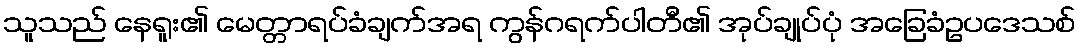
သူသည် နေရူး၏ မေတ္တာရပ်ခံချက်အရ ကွန်ဂရက်ပါတီ၏ အုပ်ချုပ်ပုံ အခြေခံဥပဒေသစ်